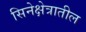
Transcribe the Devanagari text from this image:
सिनेक्षेत्रातील